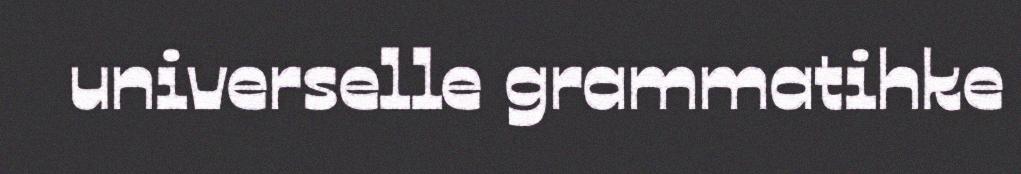
universelle grammatihke